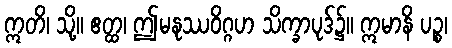
ဣတိ၊ သို့။ ဧတ္ထ၊ ဤမနုဿဝိဂ္ဂဟ သိက္ခာပုဒ်၌။ ဣမာနိ ပဉ္စ၊